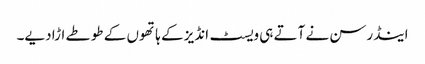
اینڈرسن نے آتے ہی ویسٹ انڈیز کے ہاتھوں کے طوطے اڑا دیے۔